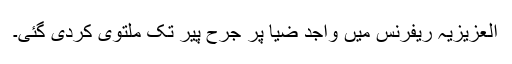
العزیزیہ ریفرنس میں واجد ضیا پر جرح پیر تک ملتوی کردی گئی۔